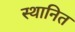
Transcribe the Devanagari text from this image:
स्थानित